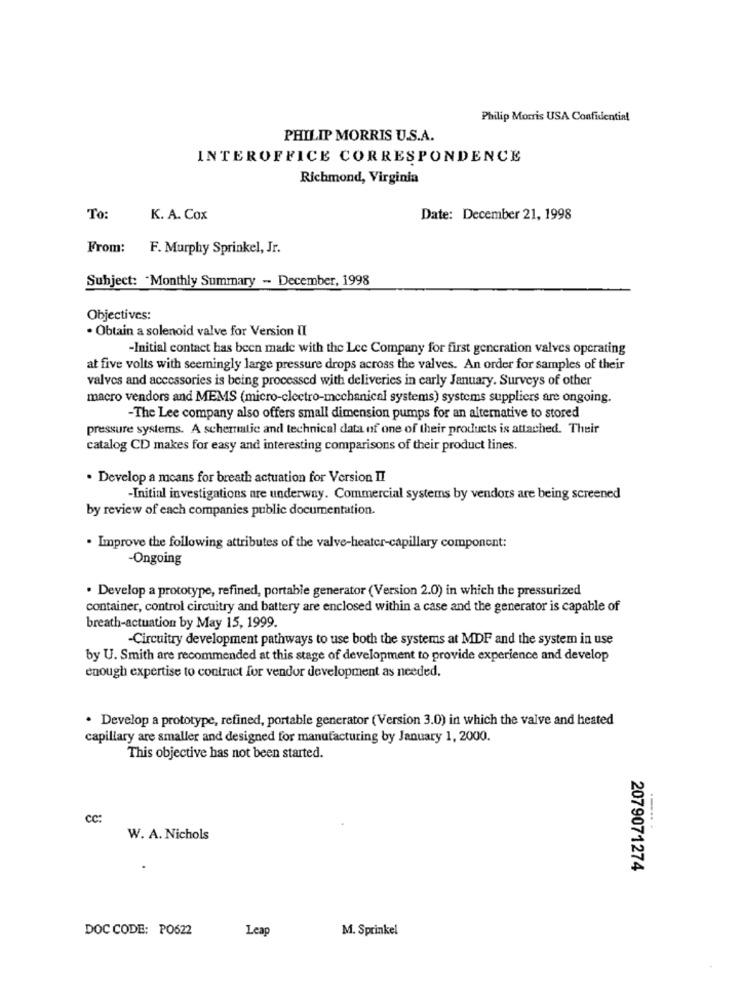
Philip Morris USA Confidential
PHILIP MORRIS U.S.A.
INTEROFFICE CORRESPONDENCE
Richmond, Virginia
To:
K. A. Cox
Date: December 21, 1998
From:
F. Murphy Sprinkel, Jr.
Subject: "Monthly Summary - December, 1998
Objectives:
. Obtain a solenoid valve for Version II
-Initial contact has been made with the Lee Company for first generation valves operating
at five volts with seemingly large pressure drops across the valves. An order for samples of their
valves and accessories is being processed with deliveries in carly January. Surveys of other
macro vendors and MEMS (micro-clectro-mechanical systems) systems suppliers are ongoing.
-The Lee company also offers small dimension pumps for an alternative to stored
pressure systems. A schematic and technical data of one of their products is attached. Their
catalog CD makes for easy and interesting comparisons of their product lines.
. Develop a means for breath actuation for Version II
-Initial investigations are underway. Commercial systems by vendors are being screened
by review of each companies public documentation.
. Improve the following attributes of the valve-heater-capillary component:
-Ongoing
. Develop a prototype, refined, portable generator (Version 2.0) in which the pressurized
container, control circuitry and battery are enclosed within a case and the generator is capable of
breath-actuation by May 15, 1999.
-Circuitry development pathways to use both the systems at MDF and the system in use
by U. Smith are recommended at this stage of development to provide experience and develop
enough expertise to contract for vendor development as needed.
. Develop a prototype, refined, portable generator (Version 3.0) in which the valve and heated
capillary are smaller and designed for manufacturing by January 1, 2000.
This objective has not been started.
cc:
W. A. Nichols
2079071274
DOC CODE: PO622
Leag
M. Sprinkel